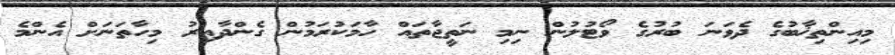
މިއިންތިޚާބުގެ ދެވަނަ ބުރުގެ ވޯޓުލުން ނިމި ނަތީޖާތައް ހާމަކުރަމުން ގެންދާއިރު މިހާތަނަށް އެންމެ